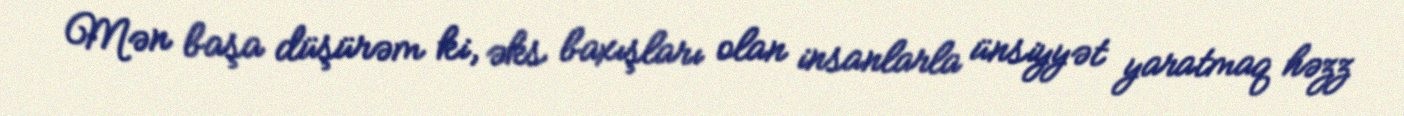
Mən başa düşürəm ki, əks baxışları olan insanlarla ünsiyyət yaratmaq həzz